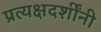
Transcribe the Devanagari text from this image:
प्रत्यक्षदर्शींनी